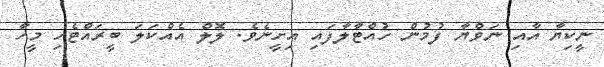
ނީކިޔާ އާއި ނަވްޔާ ފުމުން ހުއްޓާލާފައި އިށީނެވެ. ލޮލް އެއްކަލަ ބީރައްޓެހި މީހާ